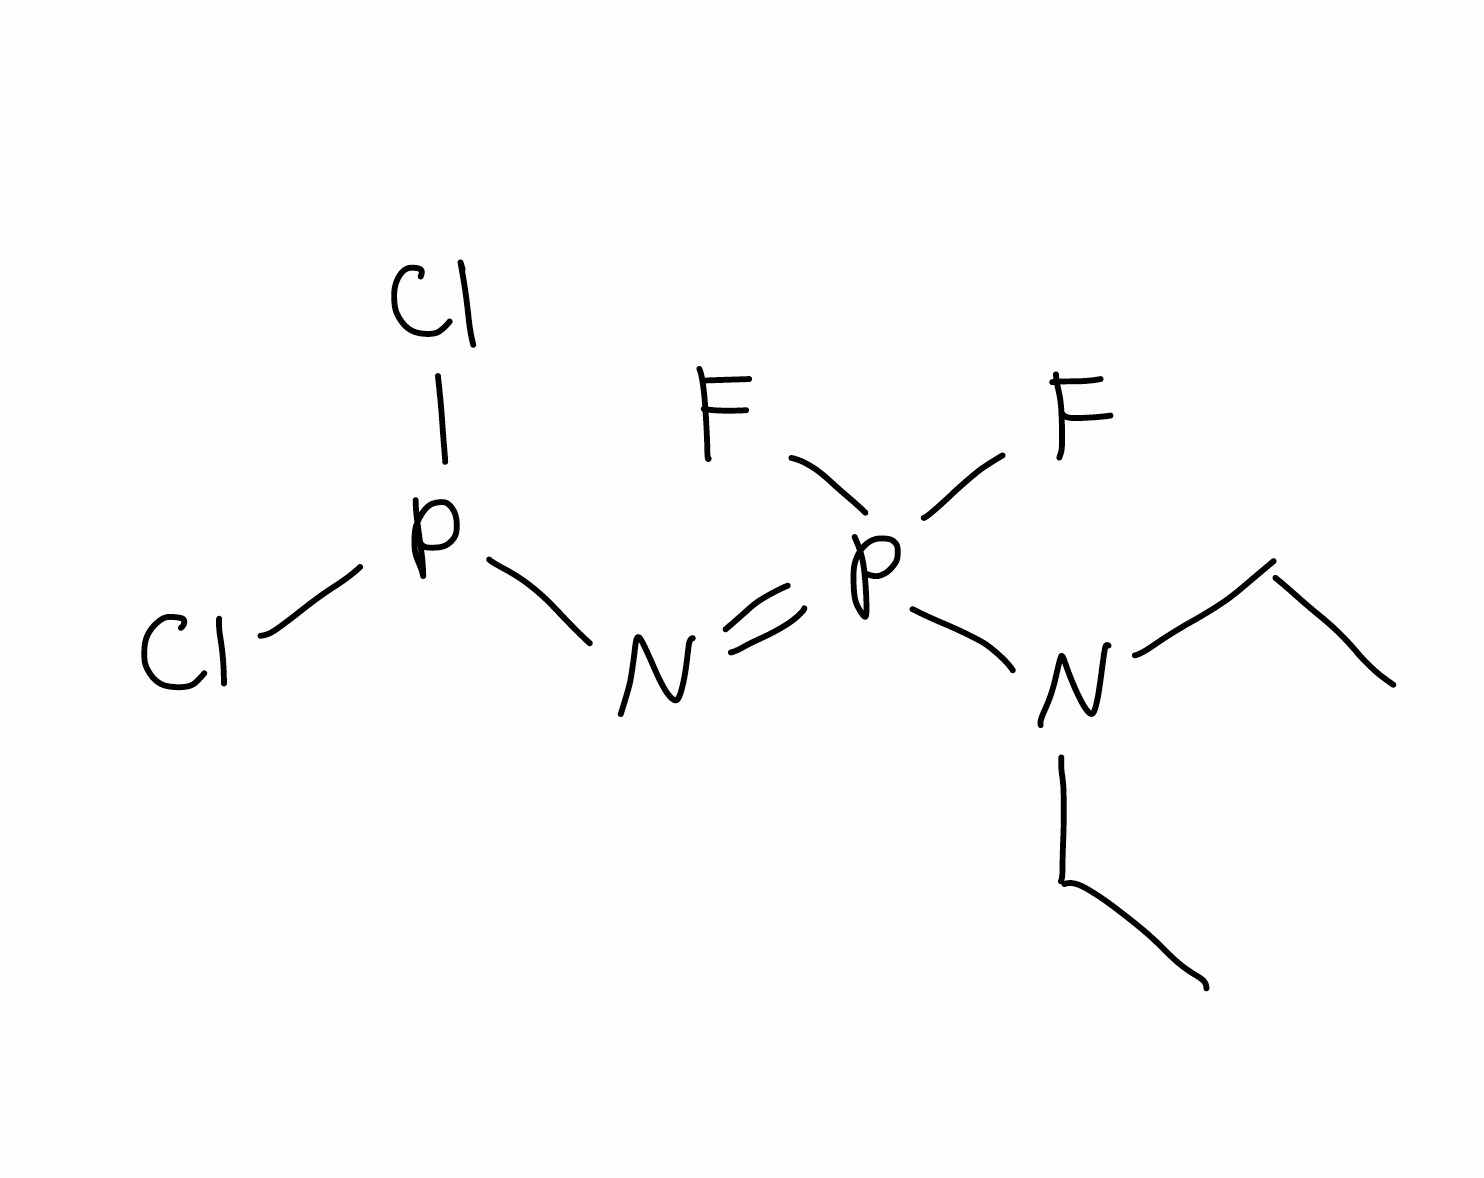
Simplified molecular-input line-entry system (SMILES) notation of the given molecule:
CCN(CC)P(=NP(Cl)Cl)(F)F